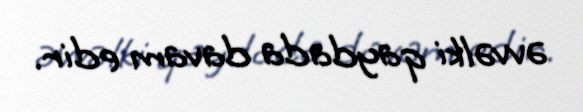
əvvəlki qaydada davam edir.